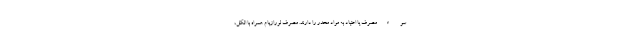
سوءمصرف یا اعتیاد به مواد مخدر را دارند. مصرف لورازپام همراه با الکل،